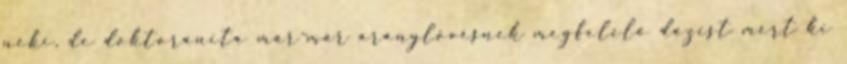
neki, de doktoranita már-már aranylövésnek megfelelő dózist mért ki